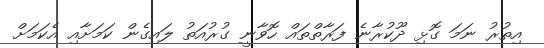
އިތުރު ނަމަ ގޮޅި ދޫކުރާނެ ފަރާތްތައް ހޮވާނީ ގުރުއަތު ލައިގެން ކަމަށާއި އެކަމަށް